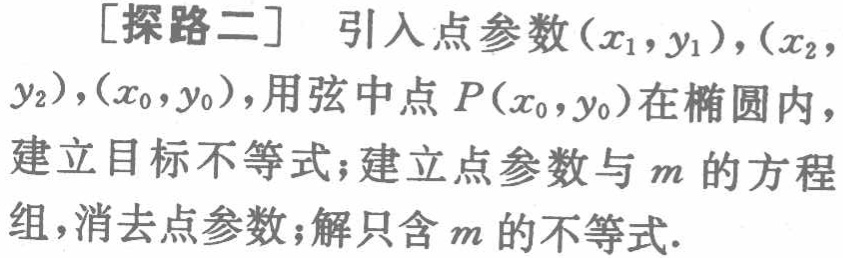
[探路二] 引入点参数\((x_1,y_1)\)，\((x_2,y_2)\)，\((x_0,y_0)\)，用弦中点\(P(x_0,y_0)\)在椭圆内，建立目标不等式；建立点参数与\(m\)的方程组，消去点参数；解只含\(m\)的不等式.